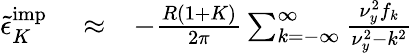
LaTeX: \begin{array}{rlr}{{\tilde{\epsilon}}_{K}^{\textrm{imp}}}&{{}\approx}&{-\frac{R(1+K)}{2\pi}\sum_{k=-\infty}^{\infty}\frac{\nu_{y}^{2}f_{k}}{\nu_{y}^{2}-k^{2}}}\end{array}